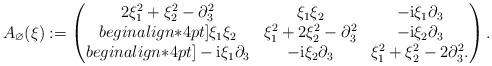
LaTeX: \begin{align*}A_\varnothing (\xi) : = \begin{pmatrix} 2 \xi_1^2 + \xi_2^2 - \partial_3^2 & \xi_1 \xi_2 & - \mathrm{i} \xi_1 \partial_3 \\begin{align*}4pt] \xi_1 \xi_2 & \xi_1^2 + 2 \xi_2^2 - \partial_3^2& - \mathrm{i} \xi_2 \partial_3 \\begin{align*}4pt]- \mathrm{i} \xi_1 \partial_3 & - \mathrm{i} \xi_2 \partial_3 & \xi_1^2 + \xi_2^2 - 2 \partial_3^2 . \end{pmatrix} . \end{align*}